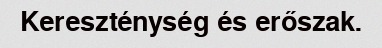
Kereszténység és erőszak.